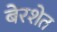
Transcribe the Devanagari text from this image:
बेरशेत